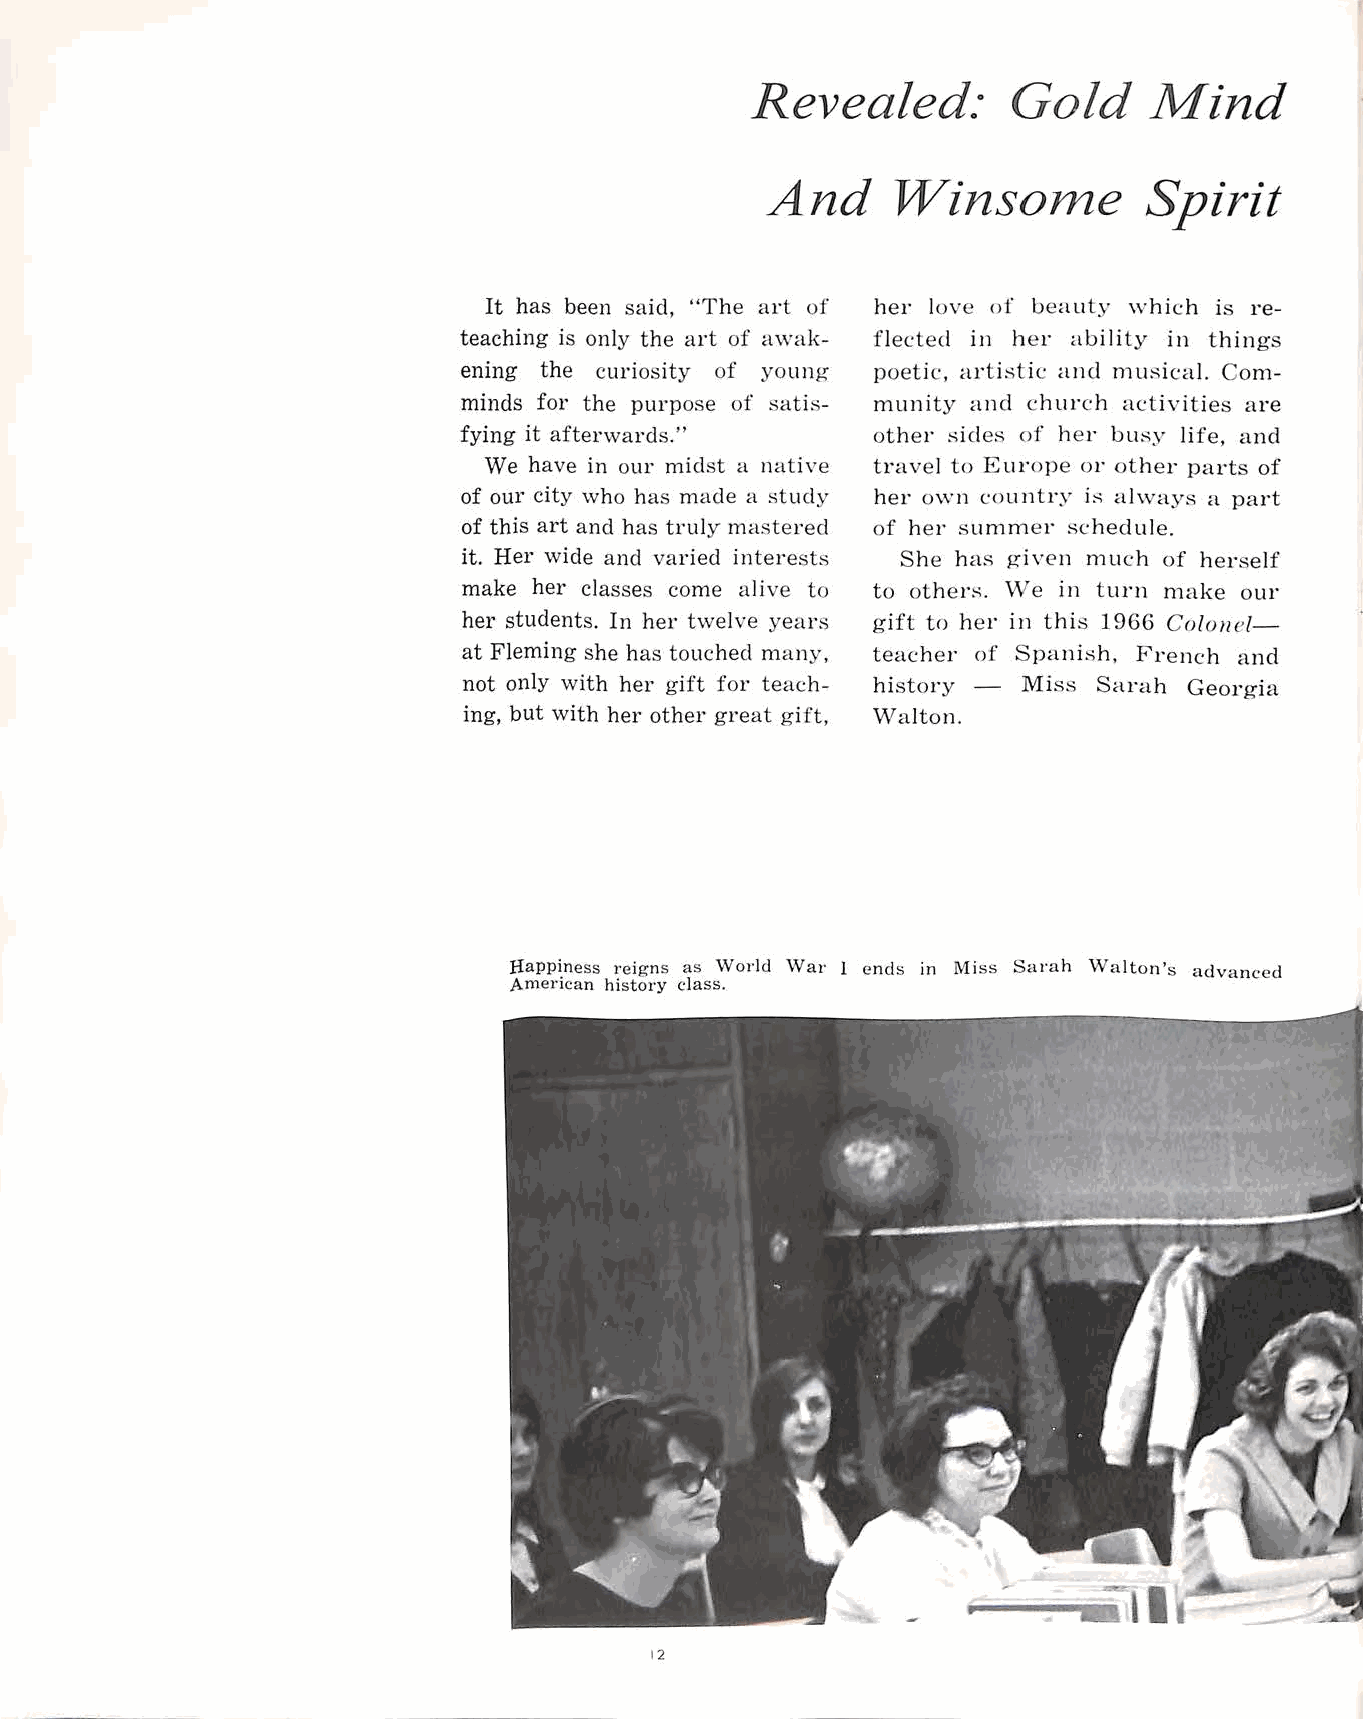
Revealed:        Gold     Mind
 And     Winsome          Spirit
 It has been said, "The art of her love of beauty w h ic:h is re
 teaching is only the art of awak flected in her ability in things
 ening the curiosity of young poetic, a1·tistic and musical. Com
 minds for the purpose of satis munity and church activities are
 fying it afterwards."       other sides of her busy !ife , and
 We have in our midst a native travel to Europe or other parts of
 of our city who has made a study her Ov\·n countr.v is always a part
 of this art and has truly mastered of her summer schedule.
 it. Her wide and varied interest:-> She ha~ given much of herself
 make her classes come alive to to others. \Ve in turn make our
 her students. In her twelve years gift to he1· in this 1966 Colo11el
 at Fleming she has touched many, teacher of Spanish, French and
 not only with her gift for teach history - Miss Sarah Georgia
 ing, but with her other great gift, Walton.
 Jiappiness reigns as World Wai· l ends in Miss Sarah Walton's advanced
 American history class.
 12